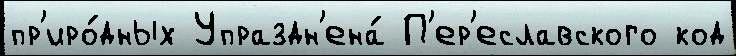
пр'иро́дных Упраздн'ена́ П'ер'еславского код